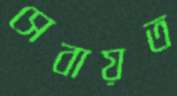
সেবায়ত